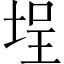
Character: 埕